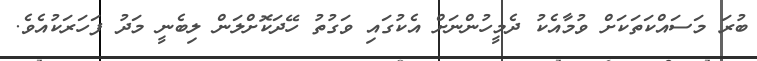
ބުރަ މަސައްކަތަކަށް ވުމާއެކު ދެމީހުންނަށް އެކުގައި ވަގުތު ހޭދަކޮށްލަން ލިބެނީ މަދު ފަހަރަކުއެވެ.